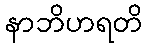
နာဘိဟရတိ